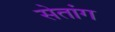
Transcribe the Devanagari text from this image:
सेतांग